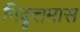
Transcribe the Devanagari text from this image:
निवृत्तमास